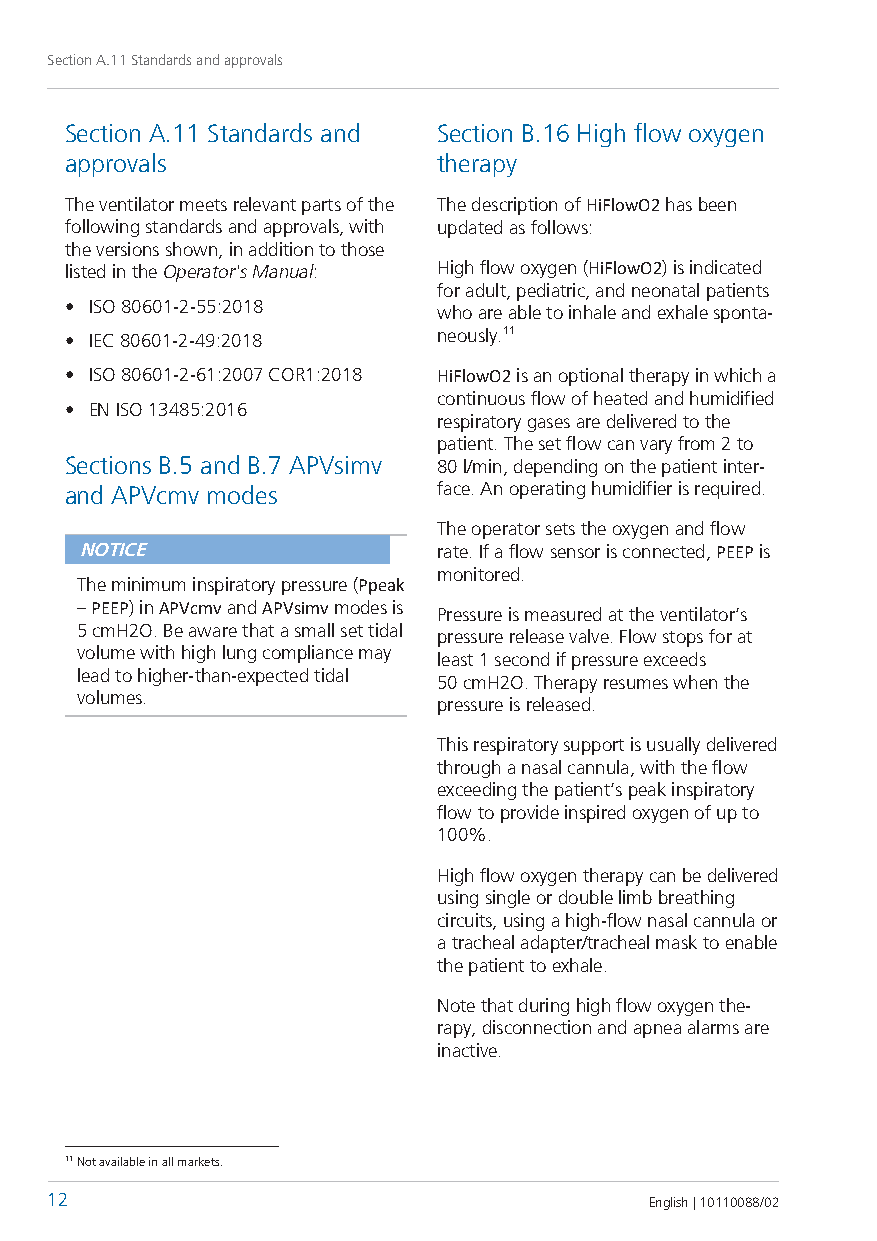
Section A.11 Standards and approvals
 Section A.11 Standards and Section B.16 High flow oxygen
 approvals                therapy
 The ventilator meets relevant parts of the The description of HiFlowO2 has been
 following standards and approvals, with updated as follows:
 the versions shown, in addition to those
 listed in the Operator's Manual: High flow oxygen (HiFlowO2) is indicated
 for adult, pediatric, and neonatal patients
 • ISO 80601-2-55:2018
 who are able to inhale and exhale sponta-
 • IEC 80601-2-49:2018
 neously.11
 • ISO 80601-2-61:2007 COR1:2018 HiFlowO2 is an optional therapy in which a
 continuous flow of heated and humidified
 • EN ISO 13485:2016
 respiratory gases are delivered to the
 patient. The set flow can vary from 2 to
 Sections B.5 and B.7 APVsimv 80 l/min, depending on the patient inter-
 and APVcmv modes         face. An operating humidifier is required.
 The operator sets the oxygen and flow
 NOTICE                  rate. If a flow sensor is connected, PEEP is
 monitored.
 The minimum inspiratory pressure (Ppeak
 – PEEP) in APVcmv and APVsimv modes is
 Pressure is measured at the ventilator’s
 5 cmH2O. Be aware that a small set tidal
 pressure release valve. Flow stops for at
 volume with high lung compliance may
 least 1 second if pressure exceeds
 lead to higher-than-expected tidal
 50 cmH2O. Therapy resumes when the
 volumes.
 pressure is released.
 This respiratory support is usually delivered
 through a nasal cannula, with the flow
 exceeding the patient’s peak inspiratory
 flow to provide inspired oxygen of up to
 100%.
 High flow oxygen therapy can be delivered
 using single or double limb breathing
 circuits, using a high-flow nasal cannula or
 a tracheal adapter/tracheal mask to enable
 the patient to exhale.
 Note that during high flow oxygen the-
 rapy, disconnection and apnea alarms are
 inactive.
 11 Not available in all markets.
 12                                      English | 10110088/02